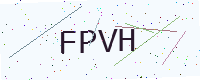
Text: FPVH